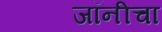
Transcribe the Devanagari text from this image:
जॉनीचा